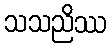
သသညိဿ